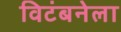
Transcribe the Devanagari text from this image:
विटंबनेला